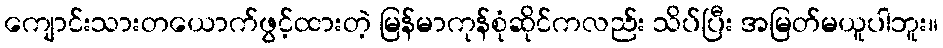
ကျောင်းသားတယောက်ဖွင့်ထားတဲ့ မြန်မာကုန်စုံဆိုင်ကလည်း သိပ်ပြီး အမြတ်မယူပါဘူး။